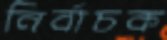
নির্বাচক